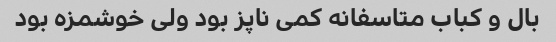
بال و کباب متاسفانه کمی ناپز بود ولی خوشمزه بود